Papers set at the Examination for Leaving Certificates, 1892
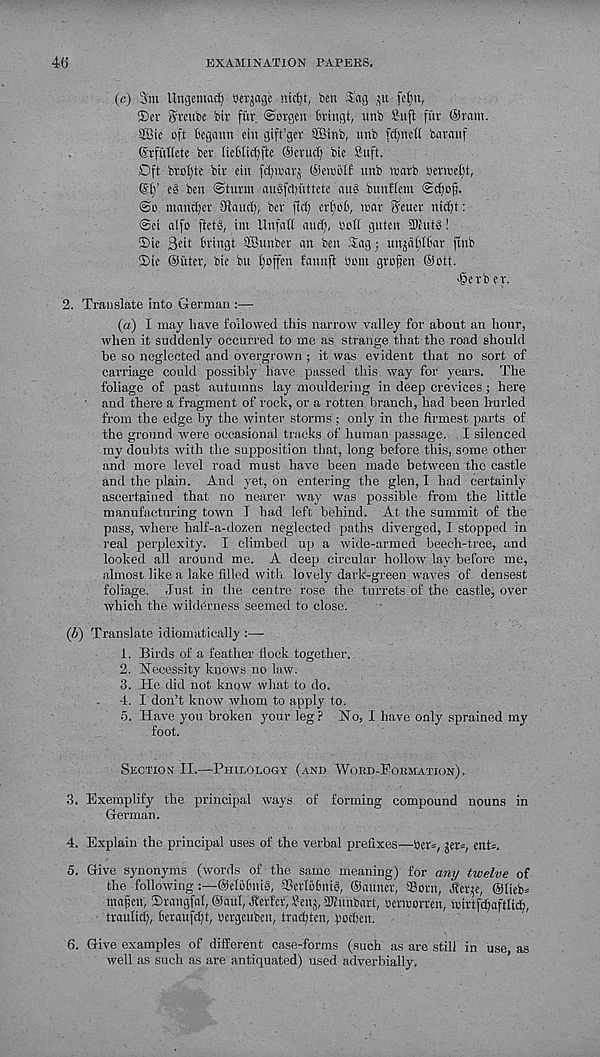
4(5
EXAMINATION PAPERS.
(c) Sin Ungemacfj serfage nicfjt, ben 5!«g ju fe^n,
®er Sreube btr fitr ©orgeii bringt, itnb Sufi fur ©ram.
SBic oft begann etu gift’ger SBinb, unb fcfjncii bavauf
©rfiittete bev liebticijfte ©erucf) bie Suft.
Dft brolfte bir eiu fd^rarj ©cmbtf unb marb berwefyt,
(St;’ e§ ben Stunn augfdjuttete au§ bunflem
@o manner (Hand), bev ftd) eriiot, mar fjeuer ni^t:
@ei aifo fietS, ini Unfatt audi, bott guten SOiutS!
®ie 3ci( bringt SBunber an ben Sag; unjafilbar ftnb
Sie ©iiter, bie bn ijoffen fannji bom grofjen ©ott.
fberb er.
2. Translate into German :—
(a) I may have followed this narrow valley for about an hour,
when it suddenly occurred to me as strange that the road should
be so neglected and overgrown ; it was evident that no sort of
carriage could possibly have . passed this way for years. The
foliage of past autumns lay mouldering in deep crevices; here
' and there a fragment of rock, or a rotten branch, had been hurled
from the edge by the winter storms; only in the firmest parts of
the ground were occasional tracks of human passage. I silenced
my doubts with the supposition that, long before this, some other
and more level road must have been made between the castle
and the plain. And yet, on entering the glen, I had certainly
ascertained that no nearer way was possible from the little
manufacturing town I had left behind. At the summit of the
pass, where half-a-dozen neglected paths diverged, I stopped in
real perplexity. I climbed up a wide-armed beech-tree, and
looked all around me. A deep circular hollow lay before me,
almost like a lake filled with lovely dark-green waves of densest
foliage. Just in the centre rose the turrets of the castle, over
which the wilderness seemed to close.
(b) Translate idiomatically :—
1. Birds of a feather flock together.
2. Necessity knows no law.
3. He did not know what to do.
4. I don’t know whom to apply to.
5. Have you broken your leg? No, I have only sprained my
foot.
Section II.—Philology (and Word-Formation),
3. Exemplify the principal ways of forming compound nouns in
German.
4. Explain the principal uses of the verbal prefixes—ber*, jer*, enG.
5. Give synonyms (words of the same meaning) for any twelve of
the following :—@eIblnug, SGerlobnig, @«uner, ©orn, Jler^c, ©iicb-
mafsen, Trangfal, @aul, Iterfcr, ifcnj, 2ftunbart:, berreorren, wirtjcfjaftliih,
trauticf), fieraufcfyt, bergeuben, tradden, podjen.
6. Give examples of different case-forms (such as are still in use as
well as such as are antiquated) used adverbially.